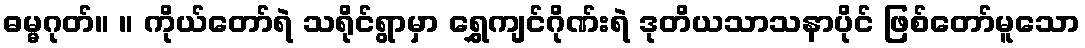
ဓမ္မဂုတ်။ ။ ကိုယ်တော်ရဲ သရိုင်ရွာမှာ ရွှေကျင်ဂိုဏ်းရဲ ဒုတိယသာသနာပိုင် ဖြစ်တော်မူသော